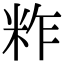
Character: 𥹁